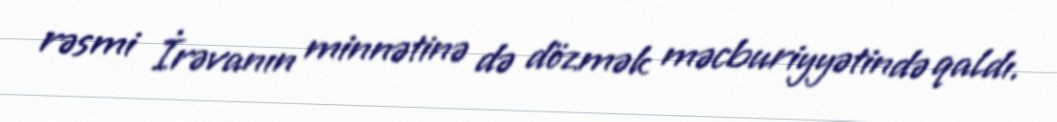
rəsmi İrəvanın minnətinə də dözmək məcburiyyətində qaldı.